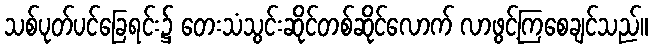
သစ်ပုတ်ပင်ခြေရင်း၌ တေးသံသွင်းဆိုင်တစ်ဆိုင်လောက် လာဖွင့်ကြစေချင်သည်။